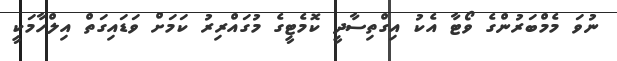
ނުވަ މެމްބަރުންގެ ވޯޓާ އެކު އިގްތިސާދީ ކޮމެޓީގެ މުގައްރިރު ކަމަށް ވަޑައިގަތް އިލްހާމަކީ